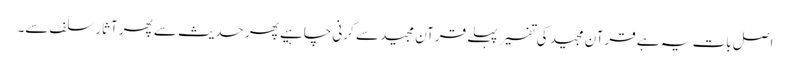
اصل بات یہ ہے قرآن مجید کی تفسیر پہلے قرآن مجید سے کرنی چاہیے پھر حدیث سے پھر آثارِ سلف سے۔